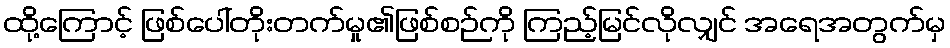
ထို့ကြောင့် ဖြစ်ပေါ်တိုးတက်မှု၏ဖြစ်စဉ်ကို ကြည့်မြင်လိုလျှင် အရေအတွက်မှ